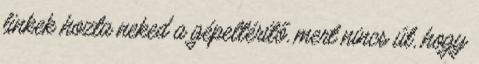
linkek hozta neked a gépeltérítő, mert nincs út, hogy